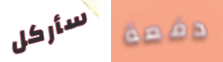
سأركل دفعة